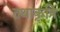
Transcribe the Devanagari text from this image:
तथाकृषि